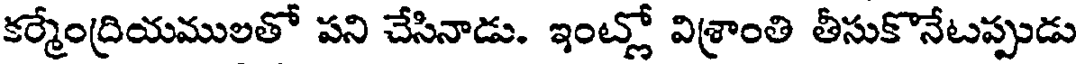
కర్మేంద్రియములతో పని చేసినాడు. ఇంట్లో విశ్రాంతి తీసుకొనేటప్పుడు